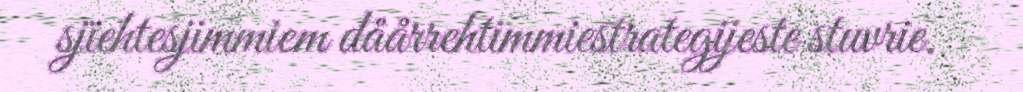
sjïehtesjimmiem dåårrehtimmiestrategijeste stuvrie.